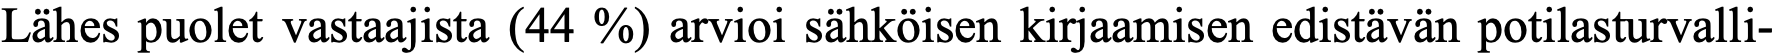
Lähes puolet vastaajista (44 %) arvioi sähköisen kirjaamisen edistävän potilasturvalli-